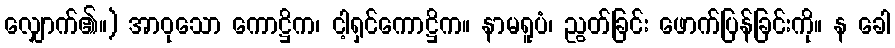
လျှောက်၏။) အာဝုသော ကောဋ္ဌိက၊ ငါ့ရှင်ကောဋ္ဌိက။ နာမရူပံ၊ ညွတ်ခြင်း ဖောက်ပြန်ခြင်းကို။ န ခေါ